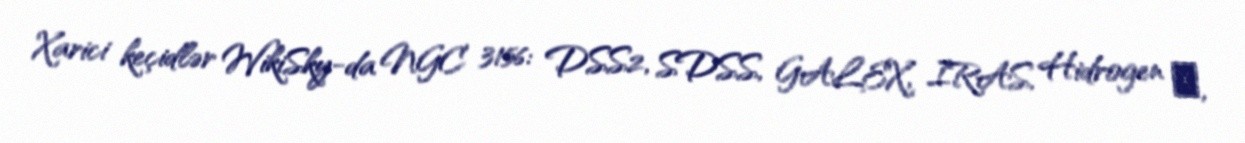
Xarici keçidlər WikiSky-da NGC 3156: DSS2, SDSS, GALEX, IRAS, Hidrogen α,